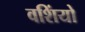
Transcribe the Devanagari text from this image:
वशिंयो